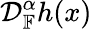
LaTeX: \mathcal{D}_{\mathbb{{F}}}^{\alpha}h(x)